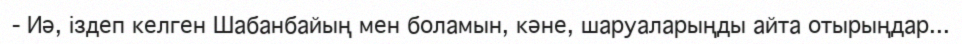
- Иә, іздеп келген Шабанбайың мен боламын, кәне, шаруаларыңды айта отырыңдар...